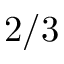
2 / 3